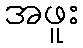
အဖူး